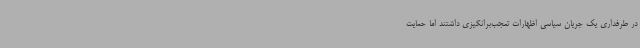
در طرفداری یک جریان سیاسی اظهارات تعجب‌برانگیزی داشتند اما حمایت